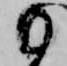
日